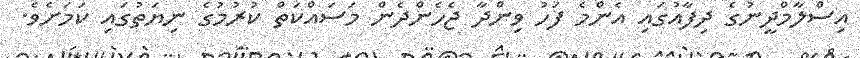
އިސްލާމްދީނުގެ ދިފާއުގައި އެންމެ ފަހު ވިންދާ ޖެހެންދެން މަސައްކަތް ކުރުމުގެ ނިޔަތުގައި ކަމަށެވެ.